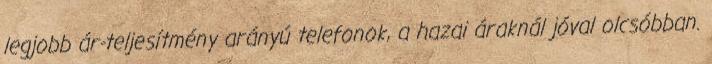
legjobb ár-teljesítmény arányú telefonok, a hazai áraknál jóval olcsóbban.